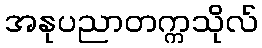
အနုပညာတက္ကသိုလ်